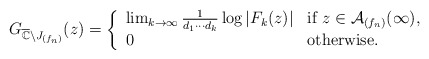
\begin{align*}G_{\overline{\mathbb{C}}\setminus J_{(f_n)}}(z) =\left\{\begin{array}{ll}\lim_{k\rightarrow\infty} \frac{1}{d_1\cdots d_k} \log{|F_k(z)|} & \mbox{if } z\in \mathcal{A}_{(f_n)}(\infty),\\ 0 & \mbox{otherwise. }\end{array}\right. \end{align*}